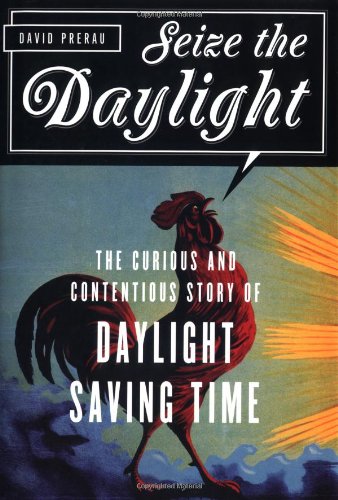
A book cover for Seize the Daylight: The Curious and Contentious Story of Daylight Saving Time; David Prerau; Science & Math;